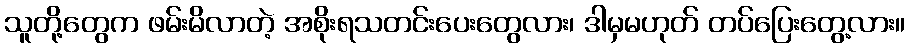
သူတို့တွေက ဖမ်းမိလာတဲ့ အစိုးရသတင်းပေးတွေလား၊ ဒါမှမဟုတ် တပ်ပြေးတွေ့လား။